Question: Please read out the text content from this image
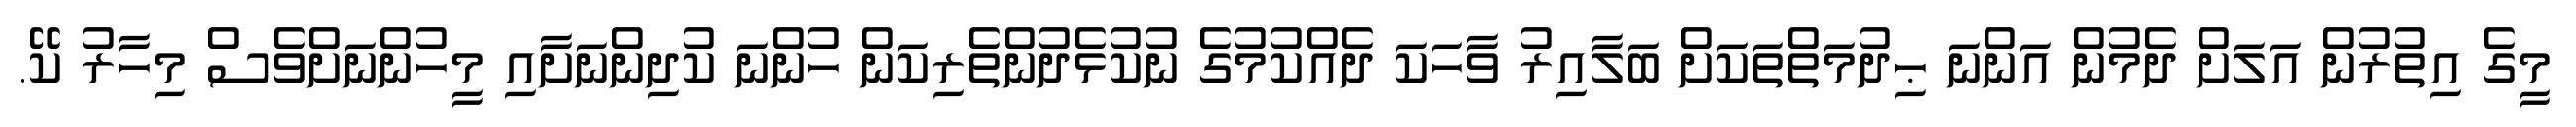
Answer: މީގެ އިތުރުން އަލަށް ދެމުން އަންނަ ޙިދުމަތްތަކަށް ބަލާއިރު ވާހަކަ ދެއްކުމުގެ ނުކުޅެދުންތެރިކަން ހުންނަ ކުދިންނަށާއި މީހުންނަށްވެސް މިހާރު ކޭ.